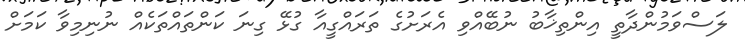
ލަސްވަމުންދާތީ އިންތިޚާބު ނުބޭއްވި އެރަށުގެ ތަރައްގީއާ ގުޅޭ ގިނަ ކަންތައްތަކެއް ނުނިމިވާ ކަމަށް